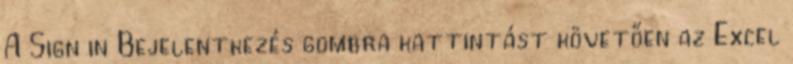
A Sign in Bejelentkezés gombra kattintást követően az Excel